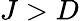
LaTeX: J>D